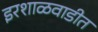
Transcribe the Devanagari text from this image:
इरशाळवाडीत